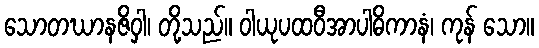
သောတဃာနဇိဝှါ၊ တို့သည်။ ဝါယုပထဝီအာပါဓိကာနံ၊ ကုန် သော။